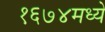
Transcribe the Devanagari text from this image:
१६७४मध्ये